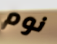
نوم